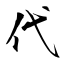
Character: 代